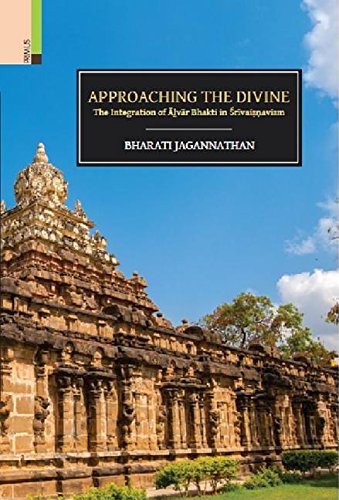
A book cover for Approaching the Divine: The Integration of Alvar Bhakti in Srivaisnavism; Bharati Jagannathan; Religion & Spirituality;